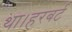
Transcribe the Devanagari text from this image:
था।हरबर्ट